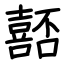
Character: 嚭